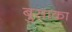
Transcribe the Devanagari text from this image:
बुसाका